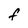
Character: f